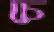
চে